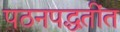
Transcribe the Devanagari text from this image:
पठनपद्धतींत